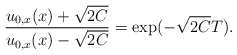
\begin{align*} \frac{u_{0,x}(x)+\sqrt{2C}}{u_{0,x}(x)-\sqrt{2C}}= \exp(-\sqrt{2C}T).\end{align*}